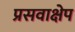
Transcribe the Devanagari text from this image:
प्रसवाक्षेप